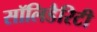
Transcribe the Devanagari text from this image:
सॉलिडैरिटी